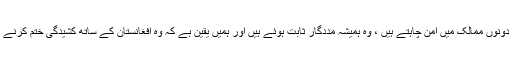
وزارت خارجہ کے ایک اہلکار نے کہا کہ ” وہ دونوں ممالک میں امن چاہتے ہیں ، وہ ہمیشہ مددگار ثابت ہوئے ہیں اور ہمیں یقین ہے کہ وہ افغانستان کے ساتھ کشیدگی ختم کرنے کیلئے ہماری کوششوں کا ساتھ دے سکتے ہیں ۔